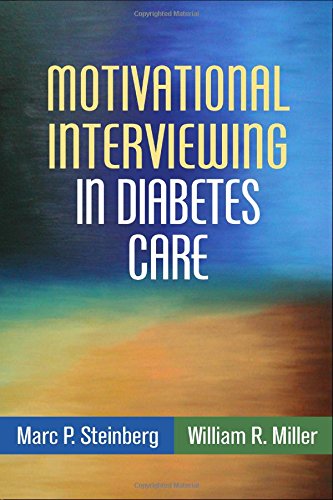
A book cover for Motivational Interviewing in Diabetes Care (Applications of Motivational Interviewing); Marc P. Steinberg; Health, Fitness & Dieting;